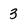
Character: 3